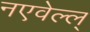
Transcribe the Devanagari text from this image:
नएवेल्ल्